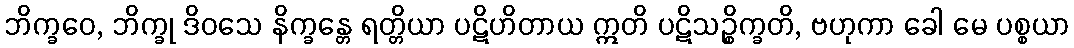
ဘိက္ခဝေ, ဘိက္ခု ဒိဝသေ နိက္ခန္တေ ရတ္တိယာ ပဋိဟိတာယ ဣတိ ပဋိသဉ္စိက္ခတိ, ဗဟုကာ ခေါ မေ ပစ္စယာ